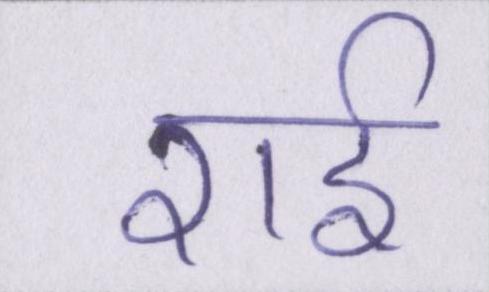
राई